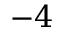
- 4